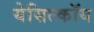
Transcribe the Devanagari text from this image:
येसिल्कॉय